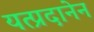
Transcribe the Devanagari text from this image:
यत्प्रदानेन